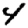
Digit: 4